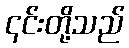
၎င်းတို့သည်